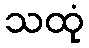
သထုံ